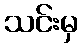
သင်းမှ